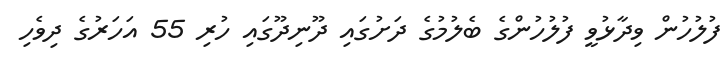
ފުލުހުން ވިދާޅުވީ ފުލުހުންގެ ބެލުމުގެ ދަށުގައި ދޫނިދޫގައި ހުރި 55 އަހަރުގެ ދިވެހި